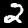
Digit: 2